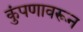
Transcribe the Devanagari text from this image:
कुंपणावरून